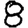
Digit: 8